Annual vaccination report of Bihar and Orissa - 1911-1928
Year: 1911
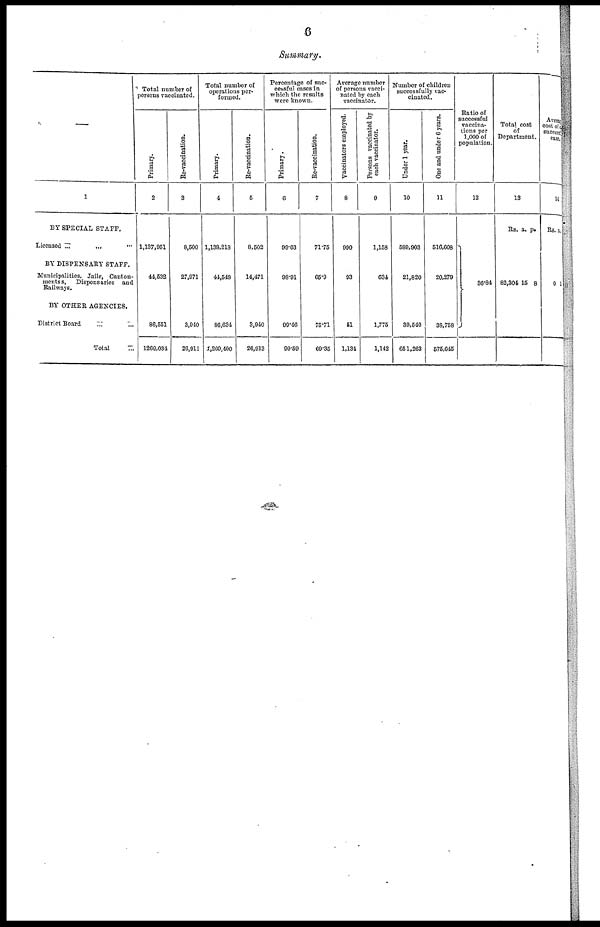
6
Summary.
—
1
BY SPECIAL STAFF.
Licensed ... ... ... ...
BY DISPENSARY STAFF.
Municipalities, Jails, Canton-
mentss, Dispensaries and
Railways.
BY OTHER AGENCIES.
District Board ... ... ... ...
Total...
Total number of
persons vaccinated.
Primary.
2
1,137,951
44,532
86,551
1269,034
Re-vaccination.
3
8,500
27,971
3,940
26,911
Total number of
operations per-
formed.
Primary.
4
1,138,218
41,548
86,634
2,269,400
Re-vaccination.
5
8,502
14,471
3,940
26,913
Percentage of suc-
cessful cases in
which the results
were known.
Primary.
6
99.63
98.91
99.46
99.59
Re-vaccination.
7
71.75
65.0
75.71
69.35
Average number
of persons vacci-
nated by each
vaccinator.
Vaccinators employed.
8
990
93
51
1,134
Persons vaccinated by
each vaccinator.
9
1,158
634
1,775
1,142
Number of children
successfully vac-
cinated.
Under 1 year.
10
589,903
21,820
39,540
651,263
One and under 6 years.
11
516,608
20,279
38,758
575,645
Ratio of
successful
vaccina-
tions per
1,000 of
population.
12
36.84
Total cost
of
Department.
13
Rs.
82,304
a.
15
P.
8
Avera
cost of
success
case.
14
Rs.
0
a.
1